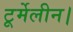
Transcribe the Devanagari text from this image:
टूर्मेलीन।